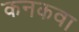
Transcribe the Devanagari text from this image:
कनकवा